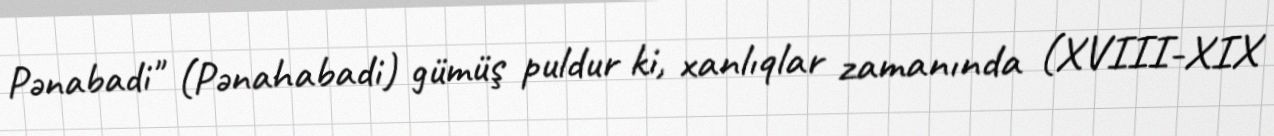
Pənabadi" (Pənahabadi) gümüş puldur ki, xanlıqlar zamanında (XVIII-XIX